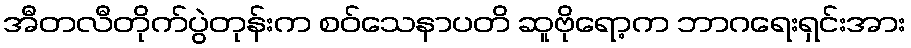
အီတလီတိုက်ပွဲတုန်းက စဝ်သေနာပတိ ဆူဗိုရော့က ဘာဂရေးရှင်းအား